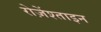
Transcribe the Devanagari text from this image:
रोज़ेंश्ताइन